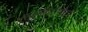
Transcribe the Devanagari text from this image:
स्वरूपदामोदर